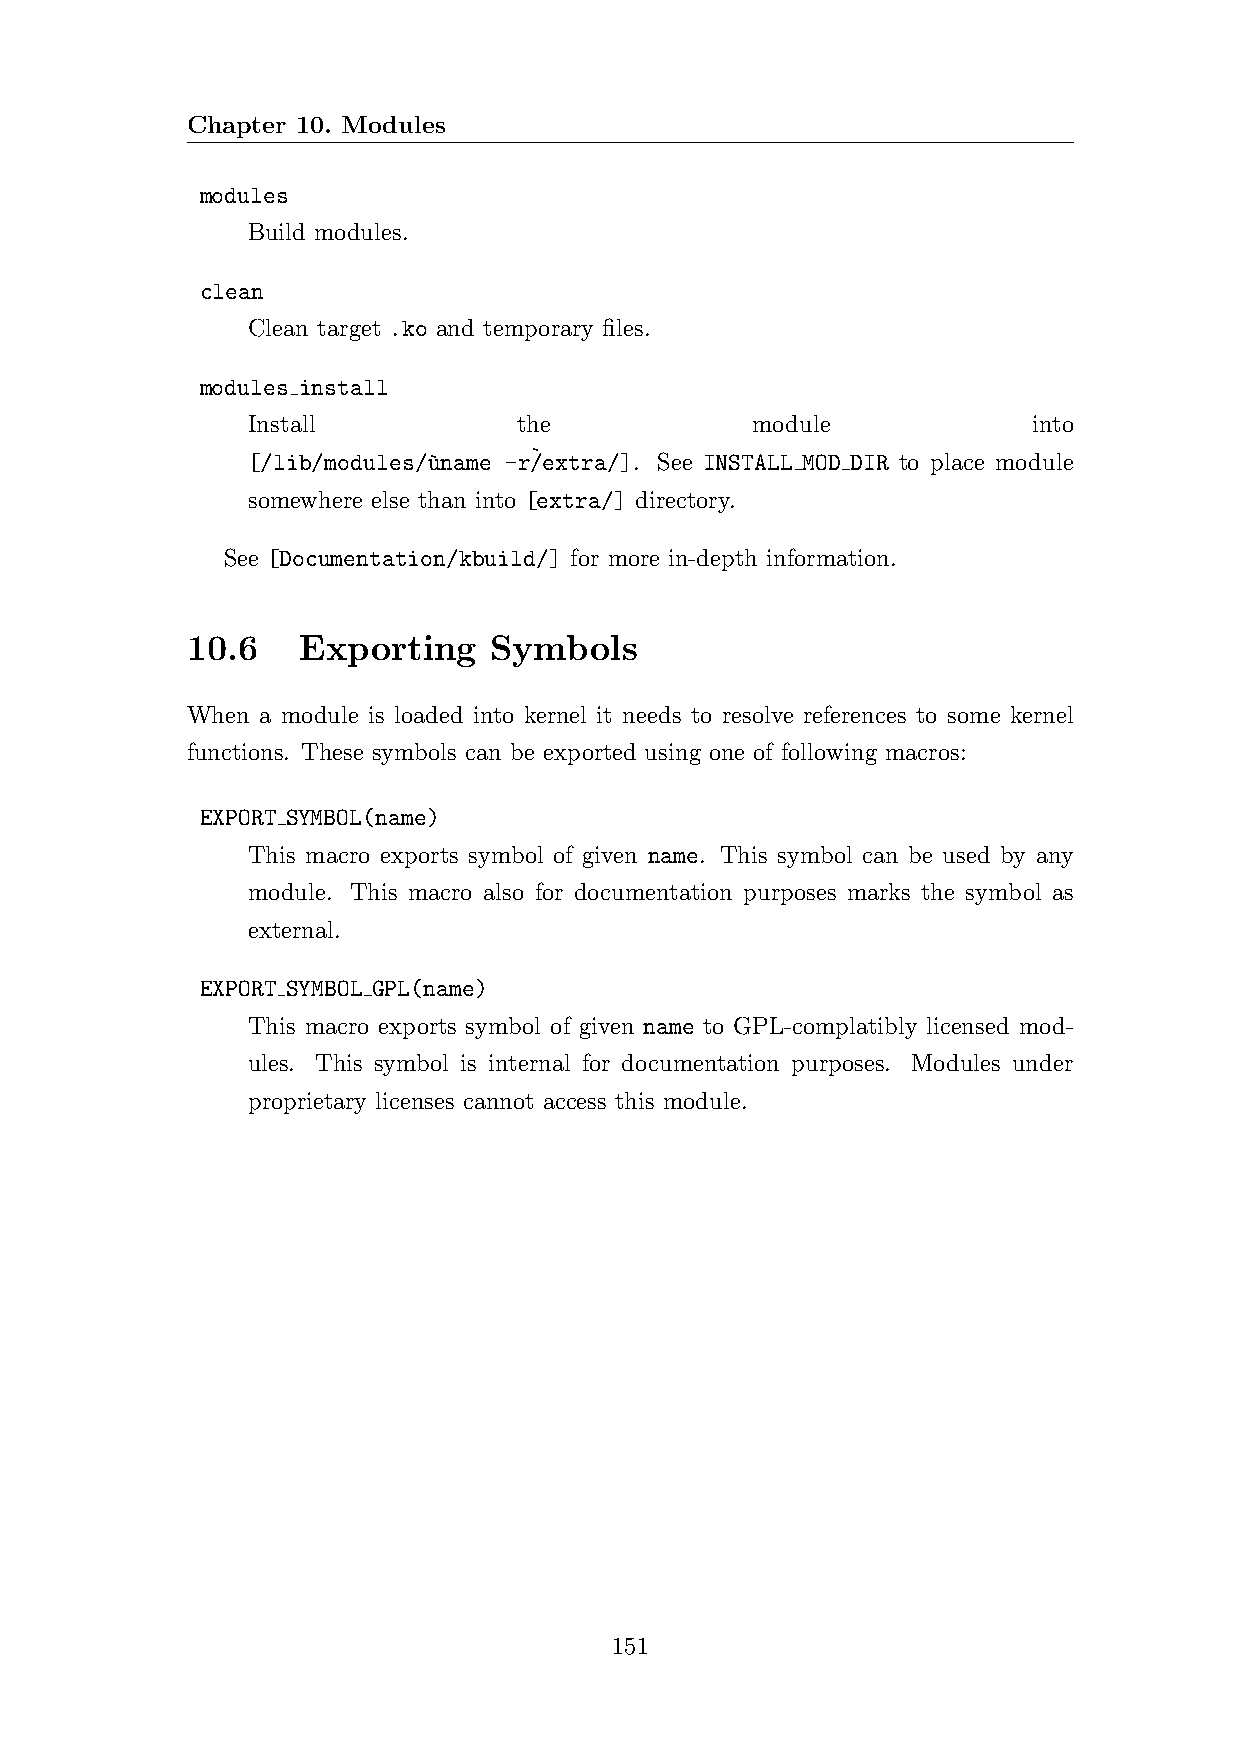
Chapter 10. Modules
 modules
 Build modules.
 clean
 Clean target .ko and temporary files.
 modules install
 Install           the             module            into
 [/lib/modules/`uname -r` /extra/]. See INSTALL MOD DIR to place module
 somewhere else than into [extra/] directory.
 See [Documentation/kbuild/] for more in-depth information.
 10.6    Exporting   Symbols
 When a module is loaded into kernel it needs to resolve references to some kernel
 functions. These symbols can be exported using one of following macros:
 EXPORT SYMBOL(name)
 This macro exports symbol of given name. This symbol can be used by any
 module. This macro also for documentation purposes marks the symbol as
 external.
 EXPORT SYMBOL GPL(name)
 This macro exports symbol of given name to GPL-complatibly licensed mod-
 ules. This symbol is internal for documentation purposes. Modules under
 proprietary licenses cannot access this module.
 151